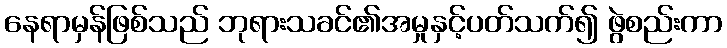
နေရာမှန်ဖြစ်သည် ဘုရားသခင်၏အမှုနှင့်ပတ်သက်၍ ဖွဲစည်းကာ